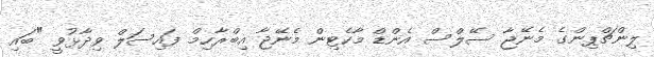
ލިންޗްޕިންގެ މެނޭޖާ ސޭލްސް އެންޑް މާކެޓިން މެނޭޖާ އިބްރާހިމް ފައިސަލް ވިދާޅުވީ "ބައި